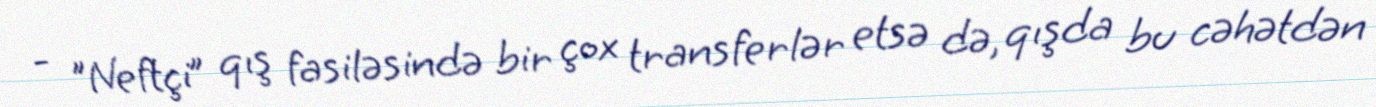
- "Neftçi” qış fasiləsində bir çox transferlər etsə də, qışda bu cəhətdən